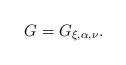
LaTeX: \begin{align*} G=G_{\xi,\alpha,\nu}. \end{align*}